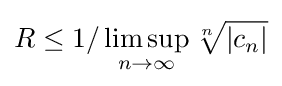
R\leq 1/\limsup _{n\rightarrow \infty }{\sqrt[{n}]{|c_{n}|}}